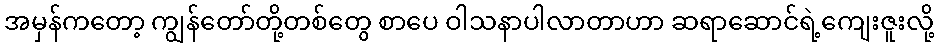
အမှန်ကတော့ ကျွန်တော်တို့တစ်တွေ စာပေ ဝါသနာပါလာတာဟာ ဆရာဆောင်ရဲ့ကျေးဇူးလို့